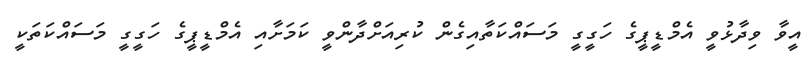
އީވާ ވިދާޅުވީ އެމްޑީޕީގެ ހަގީގީ މަސައްކަތާއިގެން ކުރިއަށްދާންވީ ކަމަށާއި އެމްޑީޕީގެ ހަގީގީ މަސައްކަތަކީ